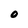
Character: O